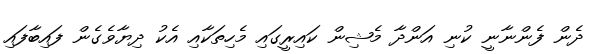
ދެން ފެންނާނީ ކުނި އަންދާ މެޝިން ކައިރީގައި މެހިތަކާއި އެކު ދިޔާވެގެން ފައިބާފައި